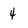
Character: 4